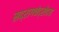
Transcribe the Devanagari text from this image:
सद्रागचंद्रोदय